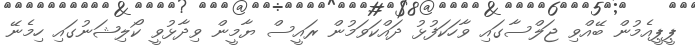
ޕީޕީއެމުން ބޭއްވި ޖަލްސާގައި ވާހަކަފުޅު ދައްކަވަމުން ރައީސް ޔާމީން ވިދާޅުވީ ކޯލިޝަނުގައި ހިމެނޭ